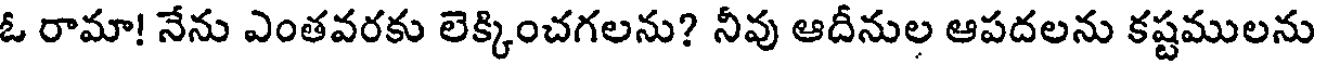
ఓ రామా! నేను ఎంతవరకు లెక్కించగలను? నీవు ఆదీనుల ఆపదలను కష్టములను